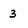
Character: 3